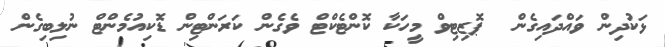
ޅަކުދިން ވައްދައިގެން  ޕޮޒިޓިވް މީހަކާ ކޮންޓެކްޓް ވެގެން ކަރަންޓިން ޑޮކިއުމެންޓް ނުލިބިގެން